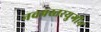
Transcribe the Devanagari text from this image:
नवप्रस्तरयुगीन